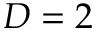
D = 2